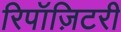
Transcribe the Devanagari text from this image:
रिपॉज़िटरी